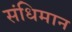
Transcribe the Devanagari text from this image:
संधिमान